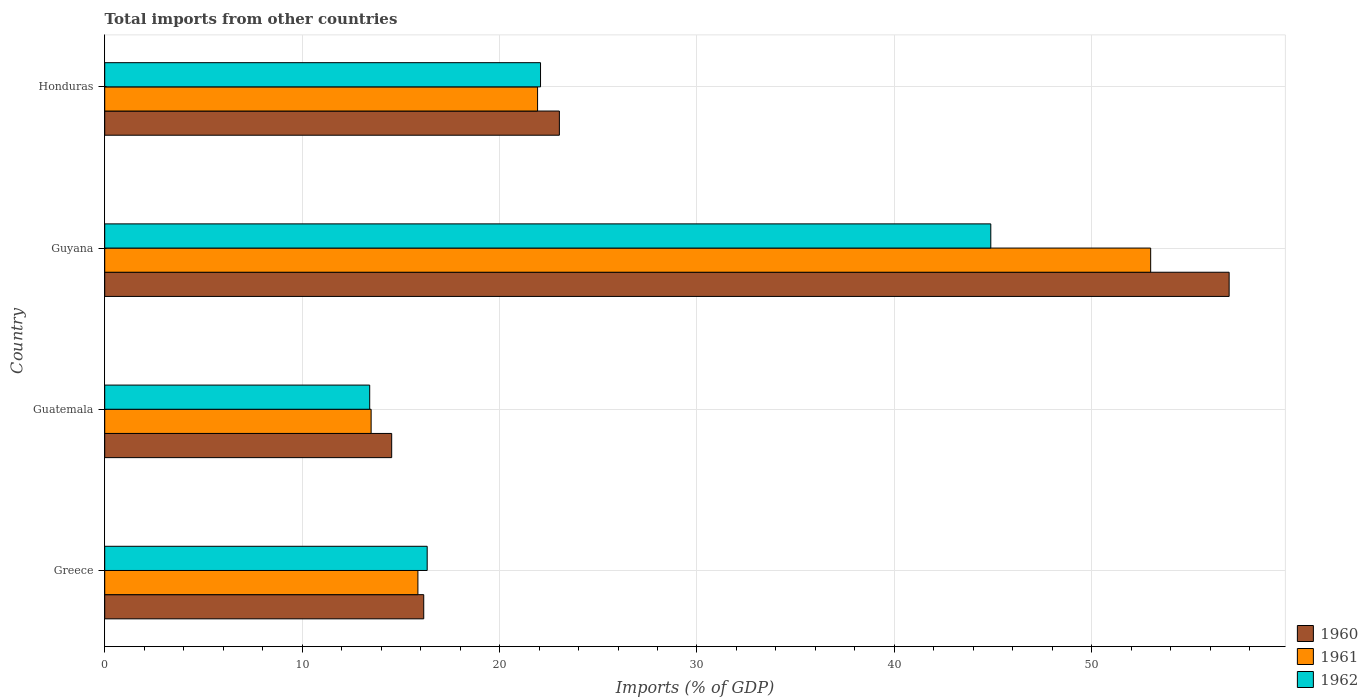
| Country | 1960 | 1961 | 1962 |
 | --- | --- | --- | --- |
 | Greece | 16.2 | 15.9 | 16.3 |
 | Guatemala | 14.5 | 13.5 | 13.4 |
 | Guyana | 57 | 53 | 44.9 |
 | Honduras | 23 | 21.9 | 22.1 |